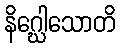
နိဂ္ဃေါသောတိ